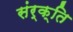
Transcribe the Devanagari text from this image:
संर्क्ति